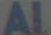
AL